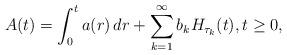
LaTeX: \begin{align*}A(t)=\int_{0}^{t}a(r)\,dr+\sum\limits_{k=1}^{\infty}b_{k}H_{\tau_{k}}(t), t\geq0,\end{align*}